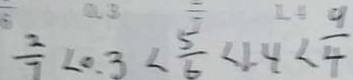
\frac { 2 } { 7 } < 0 . 3 < \frac { 5 } { 6 } < 1 . 4 < \frac { 9 } { 4 }